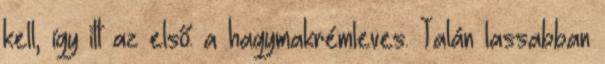
kell, így itt az első: a hagymakrémleves. Talán lassabban